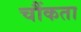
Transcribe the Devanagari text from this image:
चौंकता